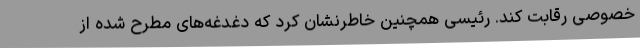
خصوصی رقابت کند. رئیسی همچنین خاطرنشان کرد که دغدغه‌های مطرح شده از